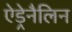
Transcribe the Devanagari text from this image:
ऐड्रेनैलिन